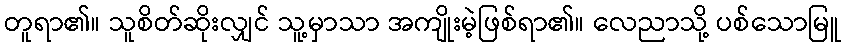
တူရာ၏။ သူစိတ်ဆိုးလျှင် သူ့မှာသာ အကျိုးမဲ့ဖြစ်ရာ၏။ လေညာသို့ ပစ်သောမြူ